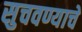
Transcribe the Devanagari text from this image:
सुचवण्याचे